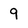
Character: 9